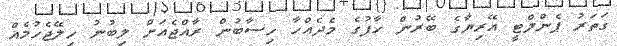
ގަތަރު ޕެންލްޓީ އޭރިޔާގެ ބޭރުން ހާފުގެ މެދެއްހާ ހިސާބުން ރާއްޖެއަށް ލިބުނު ހިލޭޖެހުމެއް